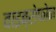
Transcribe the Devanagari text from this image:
वाइब्रोफोन